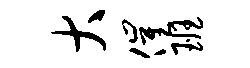
大催班